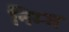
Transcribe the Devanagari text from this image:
निम्‍म